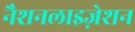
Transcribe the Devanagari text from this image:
नैशनलाइज़ेशन